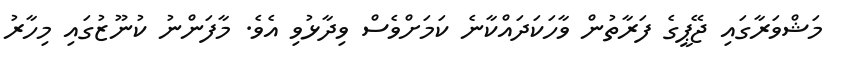
މަޝްވަރާގައި ޖޭޕީގެ ފަރާތުން ވާހަކަދައްކާނެ ކަަމަށްވެސް ވިދާޅުވި އެވެ. މާފަންނު ކުނޫޒުގައި މިހާރު